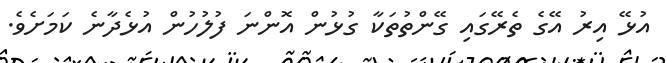
އުޅޭ އިރު އޭގެ ތެރޭގައި ގޭންތުތަކާ ގުޅުން އޮންނަ ފުލުހުން އުޅެދާނެ ކަމަށެވެ.